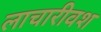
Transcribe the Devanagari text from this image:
लाचारीवश